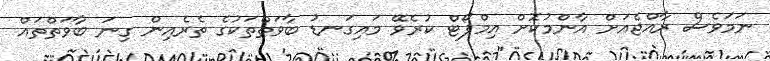
ނަމަވެސް ރާއްޖެއަށް އާންމުކޮށް އިމްޕޯޓް ކުރެވޭ މައިގަނޑު ބާވަތްތަކުގެ ތެރެެއިން ގިނަ ބާވަތްތައް